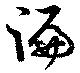
徧